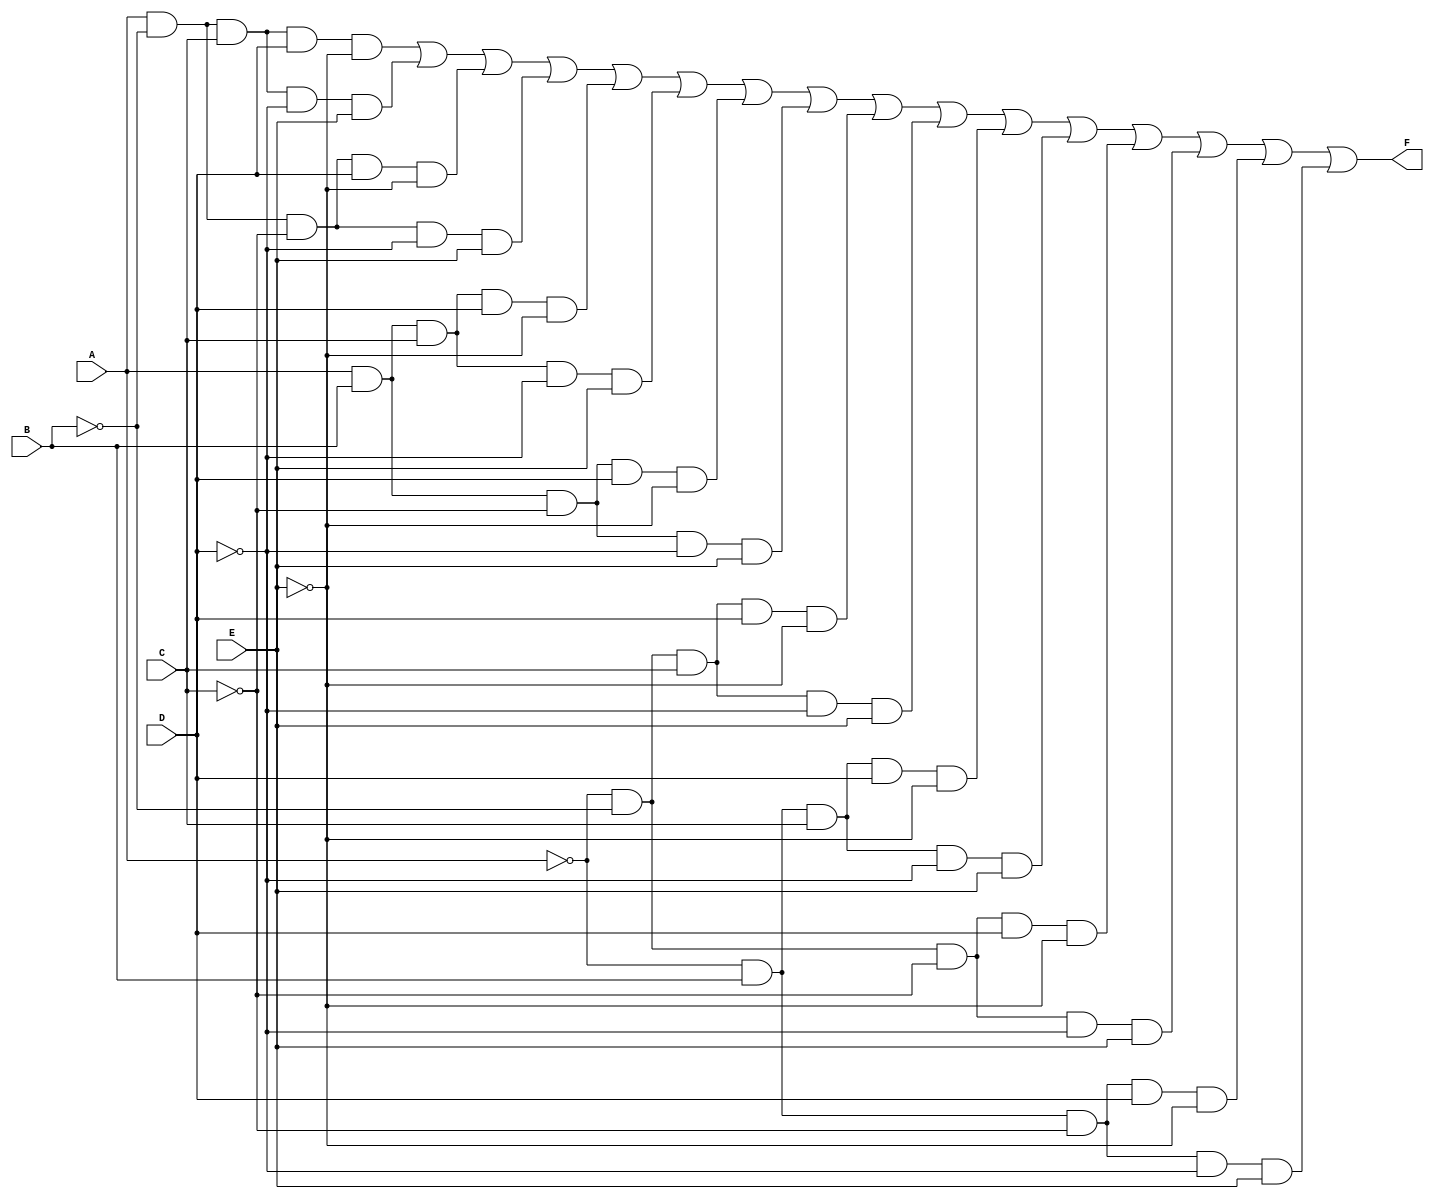
module five_variable_kmap (
    input wire A, // Input variable A
    input wire B, // Input variable B
    input wire C, // Input variable C
    input wire D, // Input variable D
    input wire E, // Input variable E
    output wire F // Output variable F
);

// K-map implementation
// The K-map is filled with the desired output values for each combination of inputs.
// For this example, we will use a hypothetical K-map configuration.
// You can modify the values according to your specific K-map.

assign F = (A & ~B & C & D & ~E) | // Cell 0
           (A & ~B & C & ~D & E) | // Cell 1
           (A & ~B & ~C & D & ~E) | // Cell 2
           (A & ~B & ~C & ~D & E) | // Cell 3
           (A & B & C & D & ~E) | // Cell 4
           (A & B & C & ~D & E) | // Cell 5
           (A & B & ~C & D & ~E) | // Cell 6
           (A & B & ~C & ~D & E) | // Cell 7
           (~A & ~B & C & D & ~E) | // Cell 8
           (~A & ~B & C & ~D & E) | // Cell 9
           (~A & B & C & D & ~E) | // Cell 10
           (~A & B & C & ~D & E) | // Cell 11
           (~A & ~B & ~C & D & ~E) | // Cell 12
           (~A & ~B & ~C & ~D & E) | // Cell 13
           (~A & B & ~C & D & ~E) | // Cell 14
           (~A & B & ~C & ~D & E); // Cell 15
           // Add more terms based on your K-map configuration

endmodule